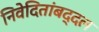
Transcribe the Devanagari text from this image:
निवेदितांबद्दल